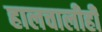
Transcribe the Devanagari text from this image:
हालचालीही